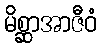
မိစ္ဆာအာဇီဝံ